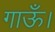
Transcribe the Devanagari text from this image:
गाऊँ।